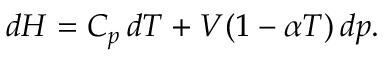
d H = C _ { p } \, d T + V ( 1 - \alpha T ) \, d p .